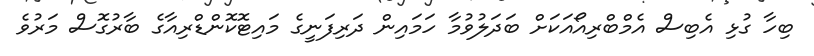
ބިހާ ގުޅި އެބިސް އެމްބްރިއޯއަކަށް ބަދަލުވުމާ ހަމައިން ދަރިފަނީގެ މައިޓޮކޮންޑްރިއާގެ ބާރުގޮސް މަރުވެ